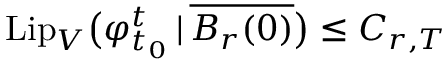
\mathrm { L i p } _ { V } \big ( \varphi _ { t _ { 0 } } ^ { t } \, | \, \overline { { B _ { r } ( 0 ) } } \big ) \leq C _ { r , T }